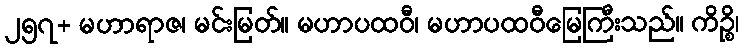
၂၅၇+ မဟာရာဇ၊ မင်းမြတ်။ မဟာပထဝီ၊ မဟာပထဝီမြေကြီးသည်။ ကိဉ္စိ၊